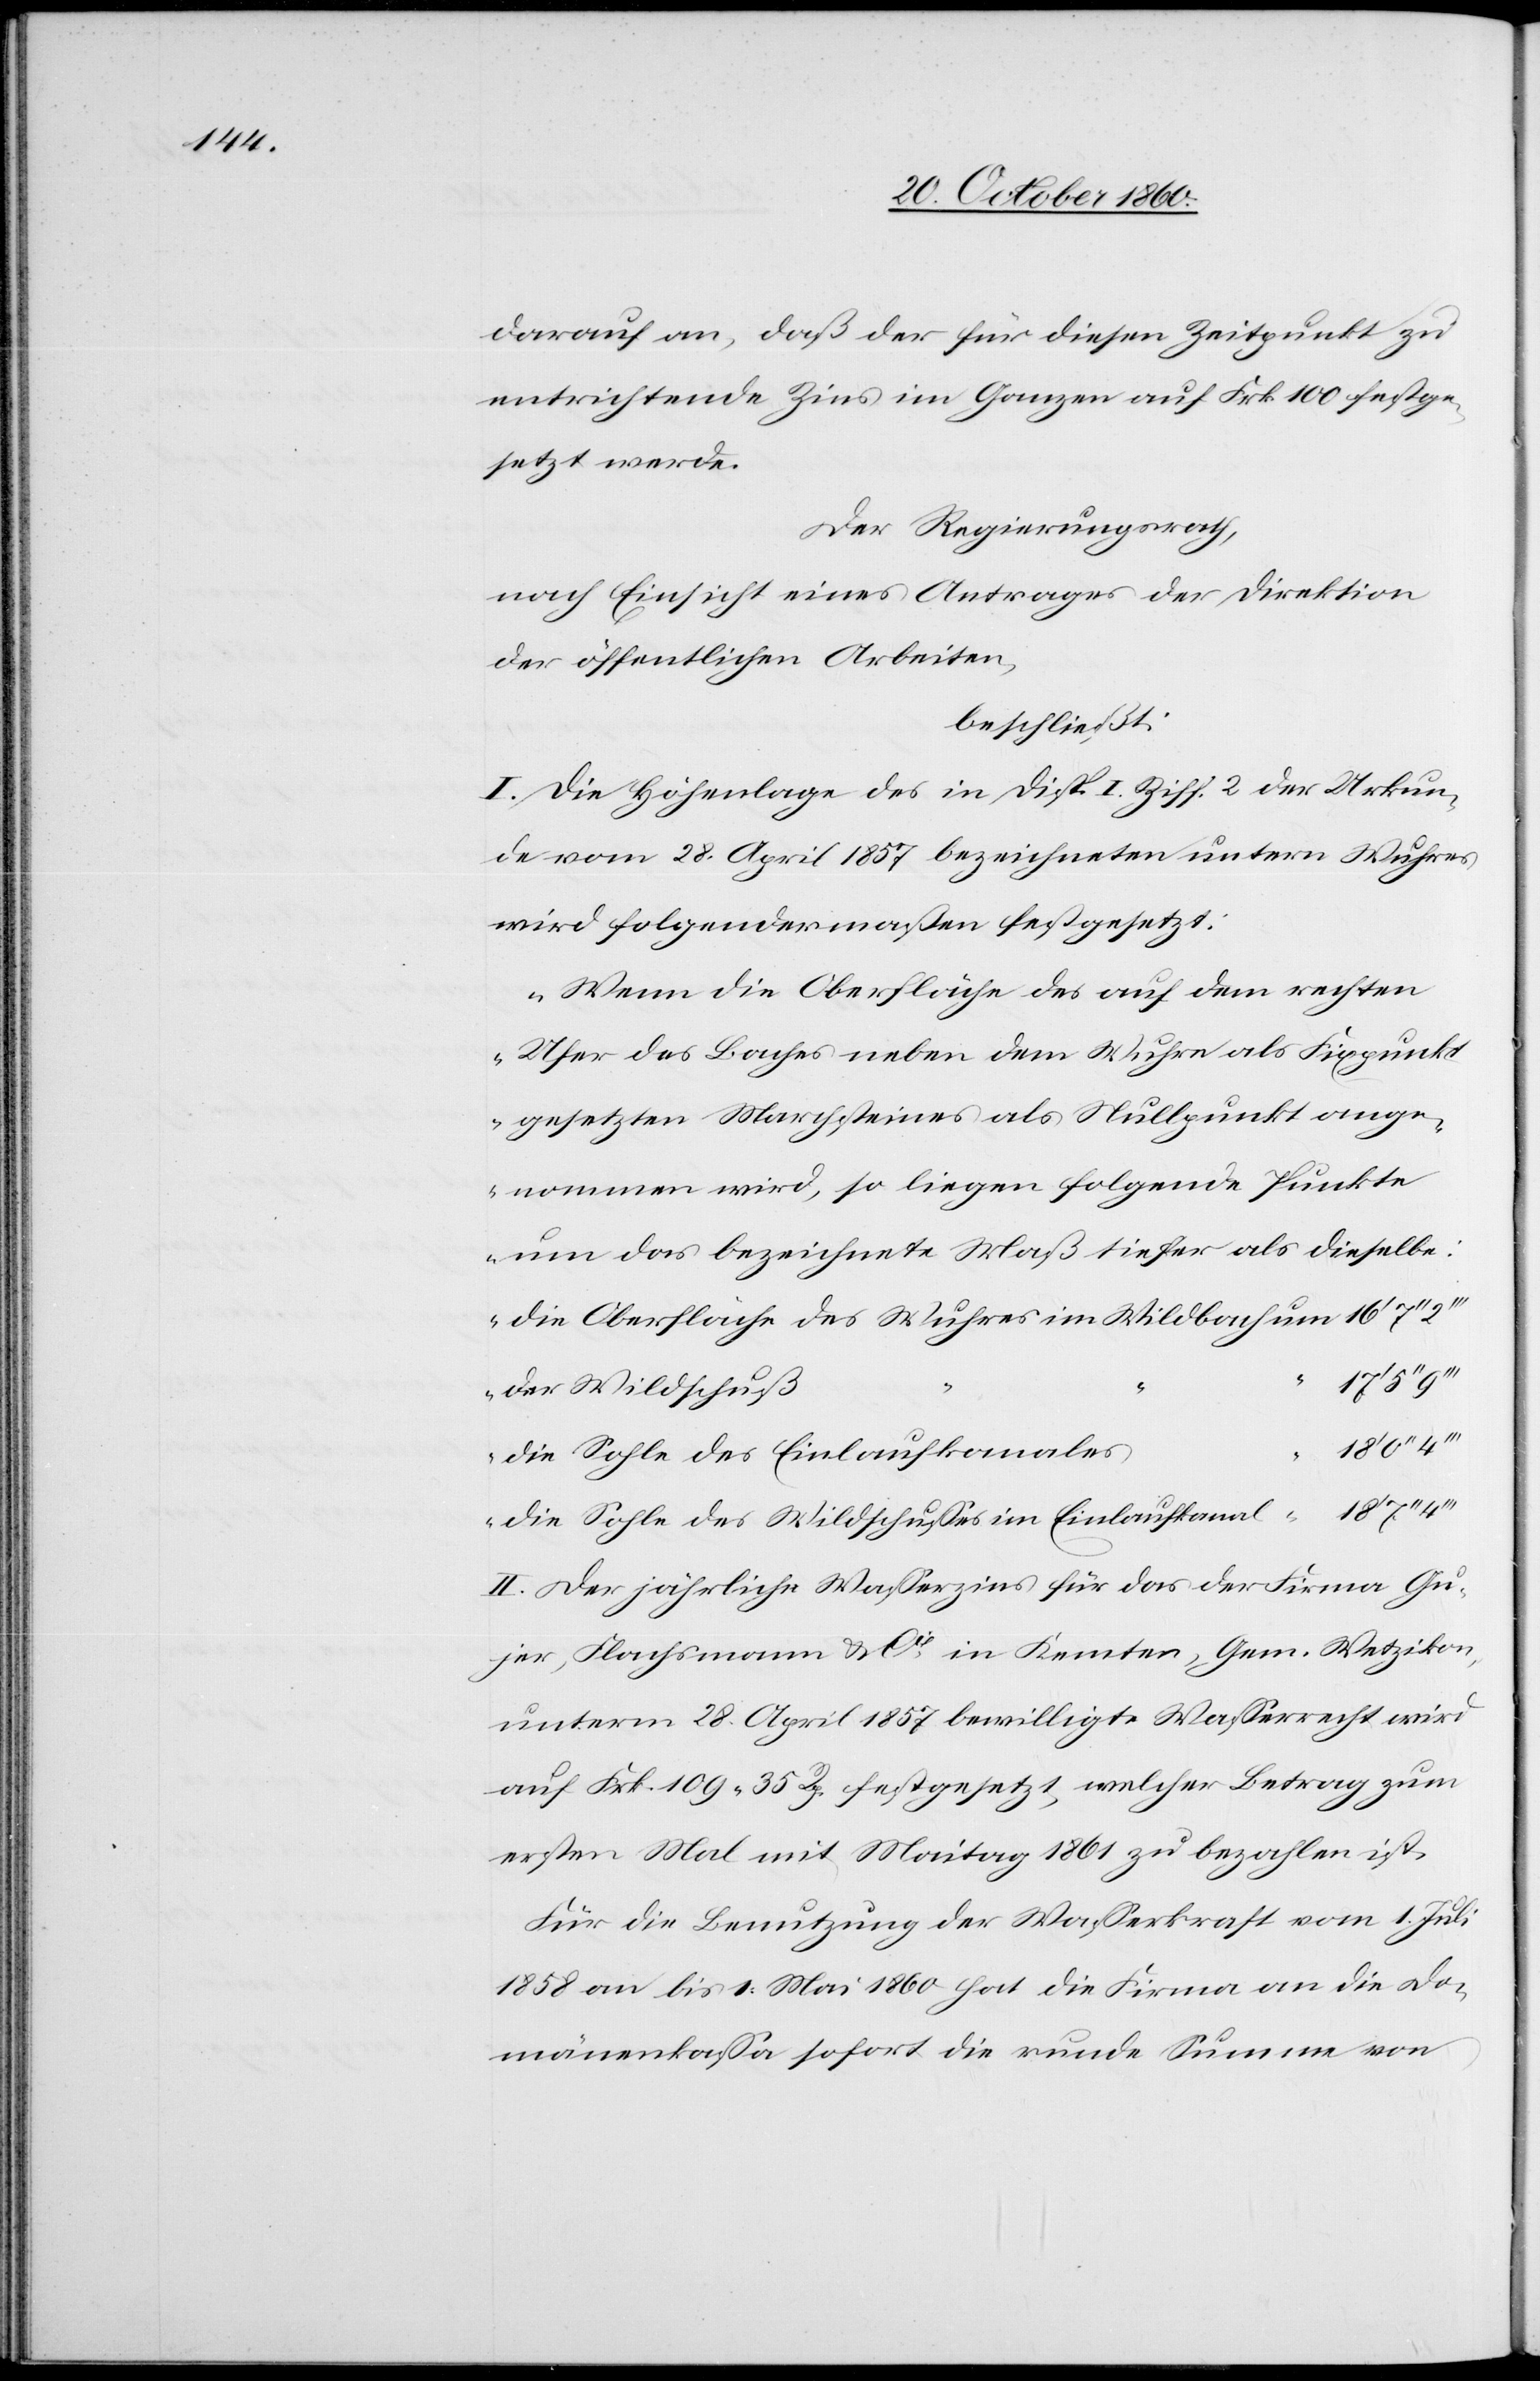
darauf an, daß der für diesen Zeitpunkt zu
entrichtende Zins im Ganzen auf Frk. 100 festge¬
setzt werde.
Der Regierungsrath,
nach Einsicht eines Antrages der Direktion
der öffentlichen Arbeiten,
beschließt:
I. Die Höhenlage des in Disp. I. Ziff. 2 der Urkun¬
de vom 28. April 1857 bezeichneten untern Wuhres
wird folgendermaßen festgesetzt:
„Wenn die Oberfläche des auf dem rechten
Ufer des Baches neben dem Wuhre als Fixpunkt
gesetzten Marchsteines als Nullpunkt ange¬
nommen wird, so liegen folgende Punkte
um das bezeichnete Maß tiefer als dieselbe:
Wuhres
Der Wildschuß
Die Sohle des Einlaufkanales
“
Die Sohle des Wildschußes im Einlaufkanal
II. Der jährliche Wasserzins für das der Firma Gu¬
jer, Flachmann u. Cie in Kemten, Gem. Wetzikon,
unterm 28. April 1857 bewilligte Wasserrecht wird
auf Frk. 109 35 Rp. festgesetzt, welcher Betrag zum
ersten Mal mit Maitag 1861 zu bezahlen ist.
Für die Benutzung der Wasserkraft vom 1. Juli
1858 an bis 1. Mai 1860 hat die Firma an die Do¬
mänenkassa sofort die runde Summe von